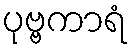
ပုဗ္ဗကာရံ